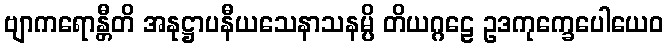
ဗျာကရောန္တီတိ အနုဋ္ဌာပနီယသေနာသနမ္ပိ တိယဂ္ဂဠေ ဥဒကုက္ခေပေါယေဝ